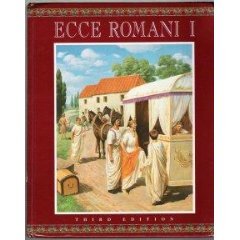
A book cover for ECCE ROMANI HARDCOVER STUDENT EDITION LEVEL 1 2000C; Addison Wesley; Teen & Young Adult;